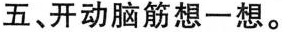
五、开动脑筋想一想。